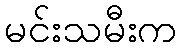
မင်းသမီးက